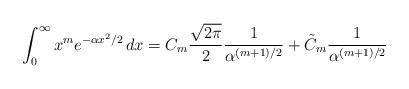
LaTeX: \begin{align*} \int_{0}^\infty x^m e^{-\alpha x^2/2} \, dx &= C_m\frac{\sqrt{2\pi}}{2}\frac{1}{\alpha^{(m + 1)/2}} + \tilde{C}_m\frac{1}{\alpha^{(m + 1)/2}} \end{align*}